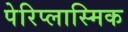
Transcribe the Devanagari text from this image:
पेरिप्लास्मिक